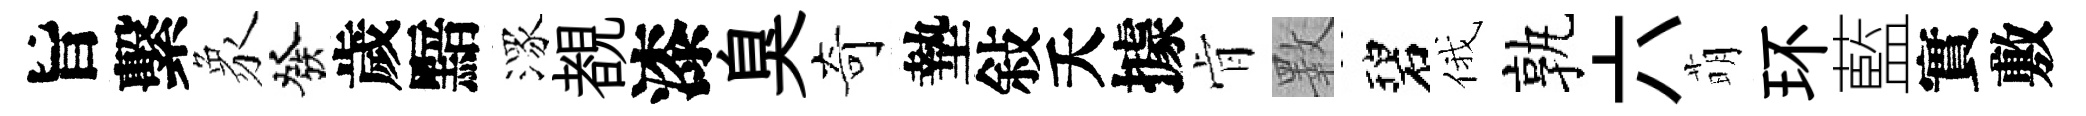
旨繫象發歲黯潈覩漆臭奇墊敍夭據肻斁碧俄孰六萌环藍實敷